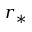
r _ { * }